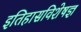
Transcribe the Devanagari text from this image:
इतिहासविशेषज्ञ